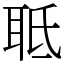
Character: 𦕑